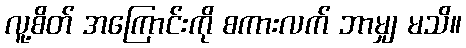
လူ့စိတ် အကြောင်းကို စကားလက် ဘာမျှ မသိ။